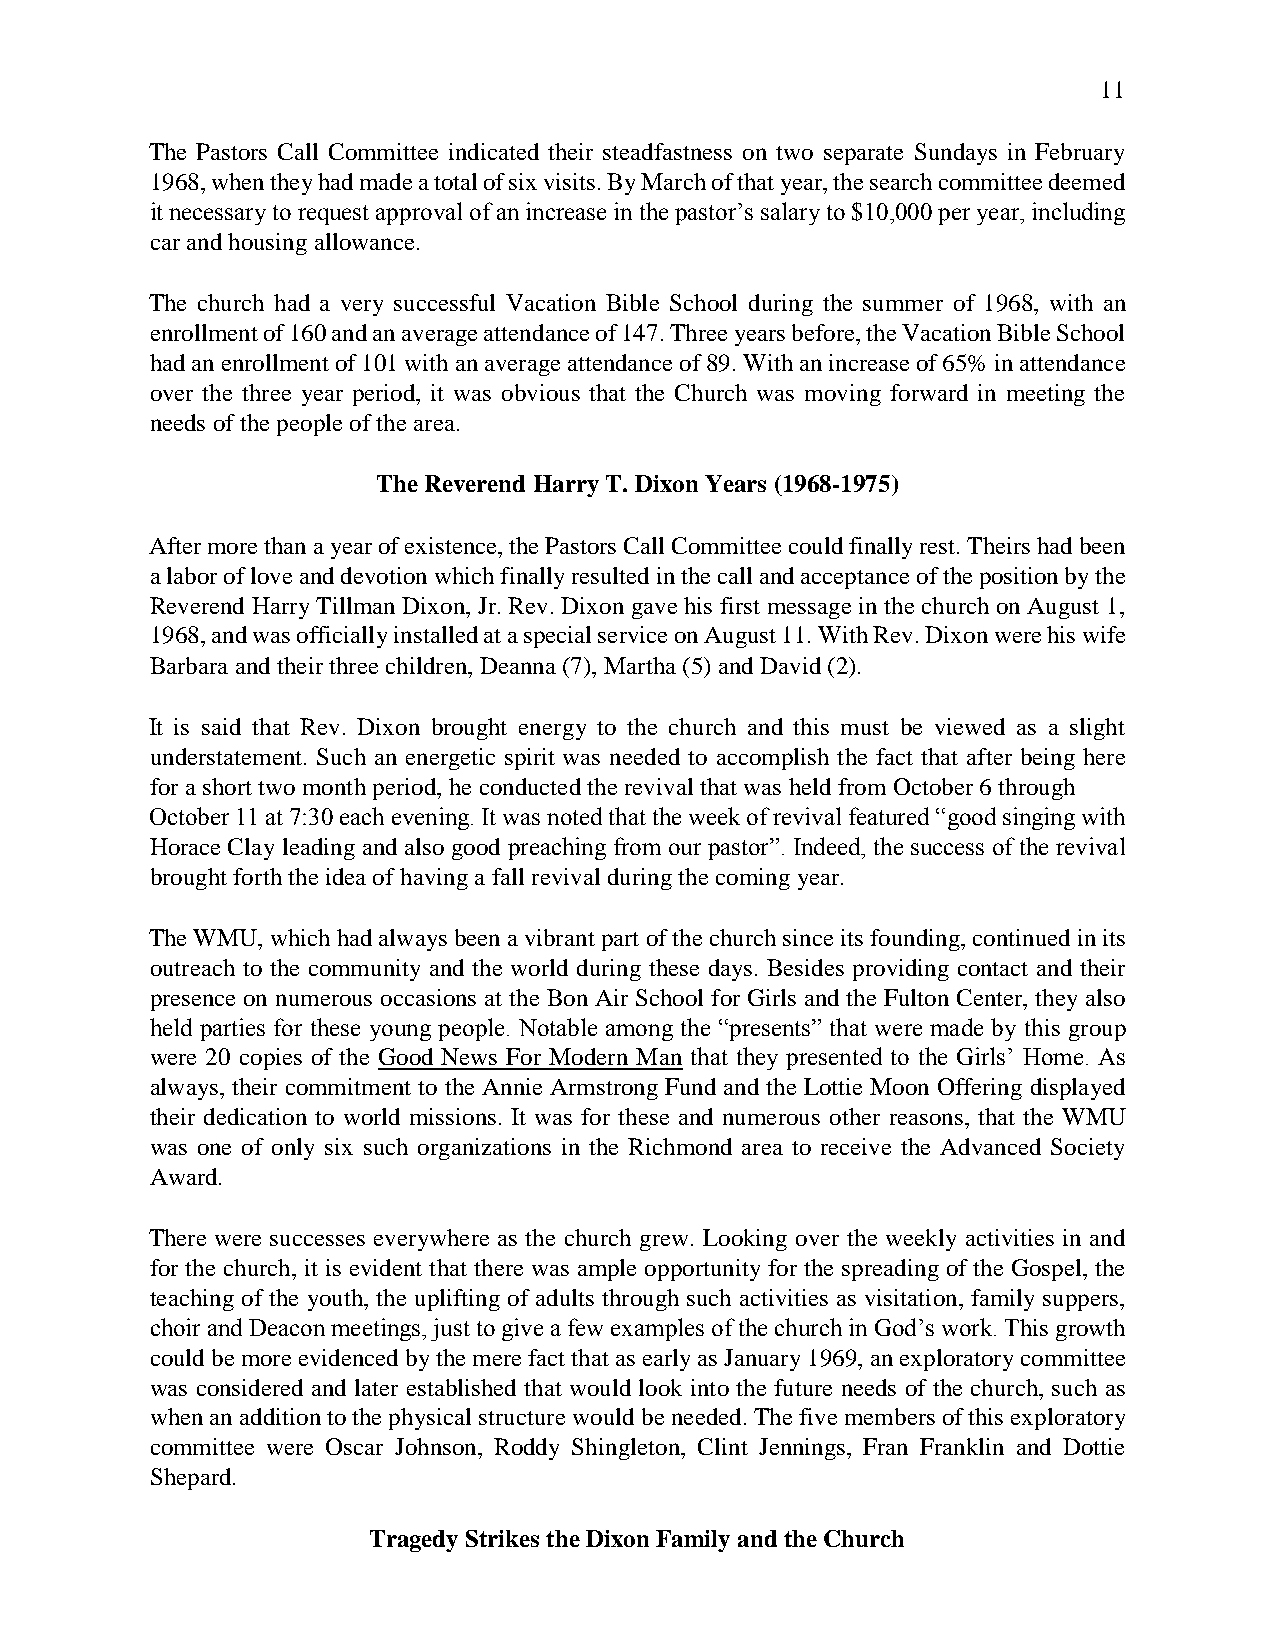
11
 The Pastors Call Committee indicated their steadfastness on two separate Sundays in February
 1968, when they had made a total of six visits. By March of that year, the search committee deemed
 it necessary to request approval of an increase in the pastor’s salary to $10,000 per year, including
 car and housing allowance.
 The church had a very successful Vacation Bible School during the summer of 1968, with an
 enrollment of 160 and an average attendance of 147. Three years before, the Vacation Bible School
 had an enrollment of 101 with an average attendance of 89. With an increase of 65% in attendance
 over the three year period, it was obvious that the Church was moving forward in meeting the
 needs of the people of the area.
 The Reverend Harry T. Dixon Years (1968-1975)
 After more than a year of existence, the Pastors Call Committee could finally rest. Theirs had been
 a labor of love and devotion which finally resulted in the call and acceptance of the position by the
 Reverend Harry Tillman Dixon, Jr. Rev. Dixon gave his first message in the church on August 1,
 1968, and was officially installed at a special service on August 11. With Rev. Dixon were his wife
 Barbara and their three children, Deanna (7), Martha (5) and David (2).
 It is said that Rev. Dixon brought energy to the church and this must be viewed as a slight
 understatement. Such an energetic spirit was needed to accomplish the fact that after being here
 for a short two month period, he conducted the revival that was held from October 6 through
 October 11 at 7:30 each evening. It was noted that the week of revival featured “good singing with
 Horace Clay leading and also good preaching from our pastor”. Indeed, the success of the revival
 brought forth the idea of having a fall revival during the coming year.
 The WMU, which had always been a vibrant part of the church since its founding, continued in its
 outreach to the community and the world during these days. Besides providing contact and their
 presence on numerous occasions at the Bon Air School for Girls and the Fulton Center, they also
 held parties for these young people. Notable among the “presents” that were made by this group
 were 20 copies of the Good News For Modern Man that they presented to the Girls’ Home. As
 always, their commitment to the Annie Armstrong Fund and the Lottie Moon Offering displayed
 their dedication to world missions. It was for these and numerous other reasons, that the WMU
 was one of only six such organizations in the Richmond area to receive the Advanced Society
 Award.
 There were successes everywhere as the church grew. Looking over the weekly activities in and
 for the church, it is evident that there was ample opportunity for the spreading of the Gospel, the
 teaching of the youth, the uplifting of adults through such activities as visitation, family suppers,
 choir and Deacon meetings, just to give a few examples of the church in God’s work. This growth
 could be more evidenced by the mere fact that as early as January 1969, an exploratory committee
 was considered and later established that would look into the future needs of the church, such as
 when an addition to the physical structure would be needed. The five members of this exploratory
 committee were Oscar Johnson, Roddy Shingleton, Clint Jennings, Fran Franklin and Dottie
 Shepard.
 Tragedy Strikes the Dixon Family and the Church